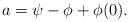
LaTeX: \begin{align*}a=\psi-\phi+\phi(0).\end{align*}